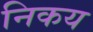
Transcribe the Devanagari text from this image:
निकय